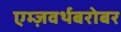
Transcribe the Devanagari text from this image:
एम्ज़वर्थबरोबर